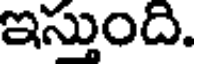
ఇస్తుంది.